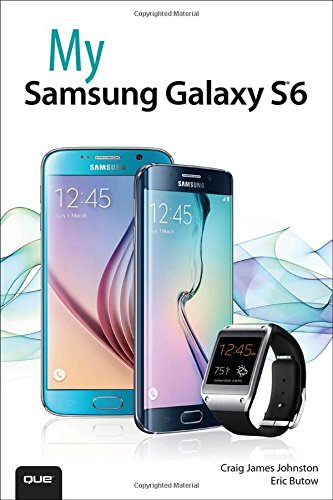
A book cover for My Samsung Galaxy S6; Craig James Johnston; Computers & Technology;